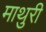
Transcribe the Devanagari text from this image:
माथुरी